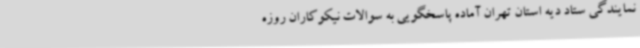
نمایندگی ستاد دیه استان تهران آماده پاسخگویی به سوالات نیکوکاران روزه